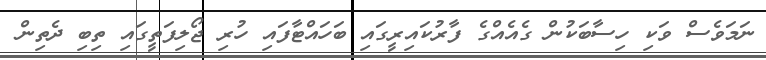
ނަމަވެސް ވަކި ހިސާބަކުން ގެއެއްގެ ފާރުކައިރީގައި ބަހައްޓާފައި ހުރި ޖޯލިފަތީގައި ތިބި ދެތިން